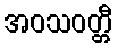
အဝသဝတ္တီ